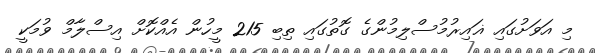
މި އަވަށުގައި ޣައިރުމުސްލިމުންގެ ގޮތުގައި ތިބި 215 މީހުން އެއްކޮށް އިސްލާމް ވުމަކީ